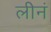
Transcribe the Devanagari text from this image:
लीनं